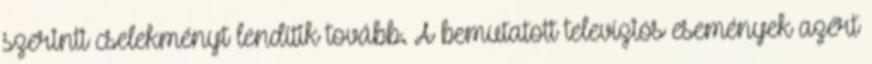
szerinti cselekményt lendítik tovább. A bemuta­­tott te­levíziós események azért